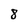
Character: 8